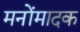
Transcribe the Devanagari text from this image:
मनोंमादक